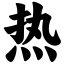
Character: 热